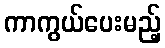
ကာကွယ်ပေးမည့်